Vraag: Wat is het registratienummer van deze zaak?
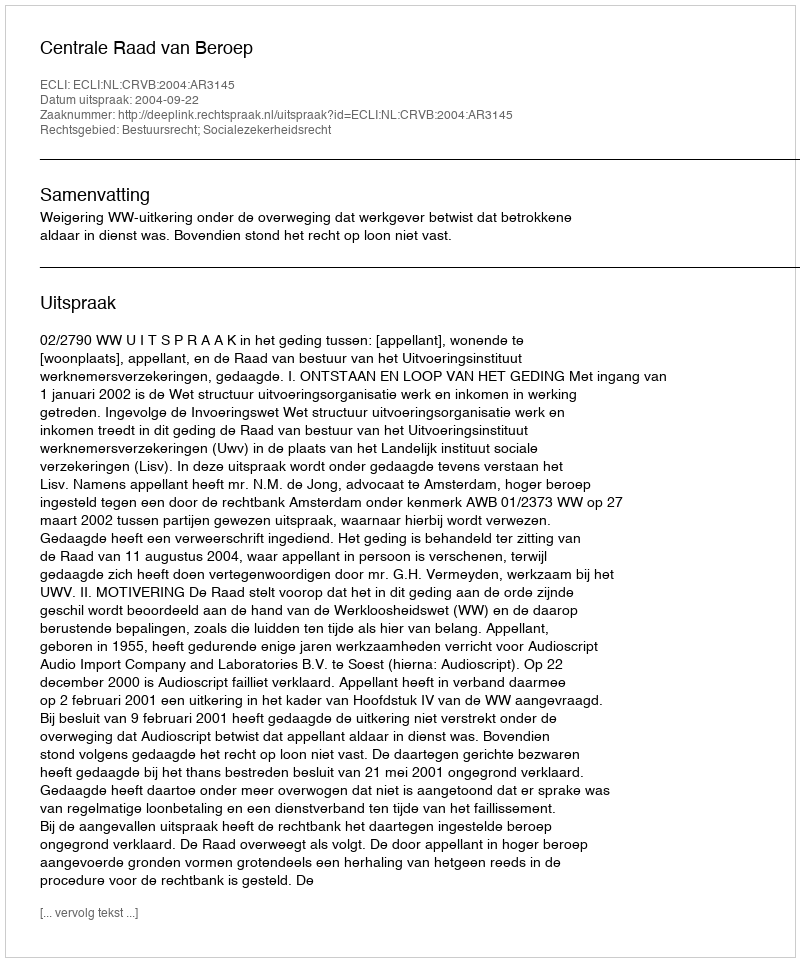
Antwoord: http://deeplink.rechtspraak.nl/uitspraak?id=ECLI:NL:CRVB:2004:AR3145